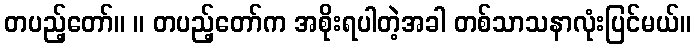
တပည့်တော်။ ။ တပည့်တော်က အစိုးရပါတဲ့အခါ တစ်သာသနာလုံးပြင်မယ်။